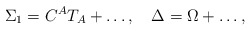
\begin{align*}\Sigma_{1}=C^AT_A+\ldots,\quad\Delta=\Omega+\ldots,\end{align*}